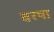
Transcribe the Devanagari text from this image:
बरषा